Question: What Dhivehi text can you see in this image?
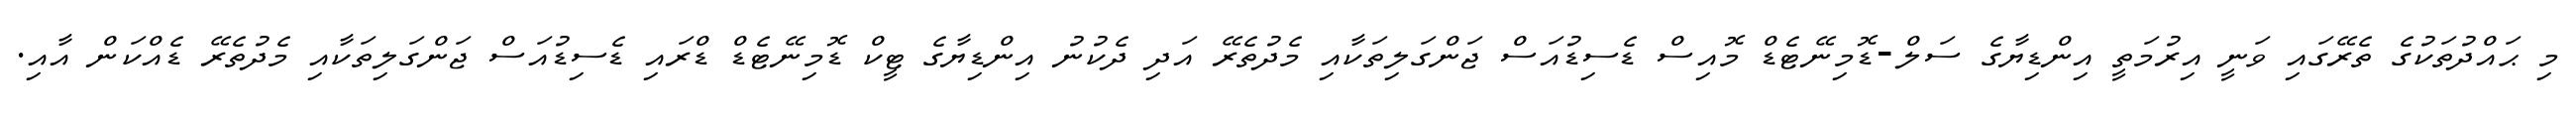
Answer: މި ޙައްދުތަކުގެ ތެރޭގައި ވަނީ އިރުމަތީ އިންޑިޔާގެ ސަލް-ޑޮމިނޭޓެޑް މޮއިސް ޑެސިޑުއަސް ޖަންގަލިތަކާއި މެދުތެރޭ އަދި ދެކުނު އިންޑިޔާގެ ޓީކް ޑޮމިނޭޓެޑް ޑްރައި ޑެސިޑުއަސް ޖަންގަލިތަކާއި މެދުތެރޭ ޑެއްކަން އާއި.